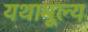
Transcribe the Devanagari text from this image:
यथामूल्य